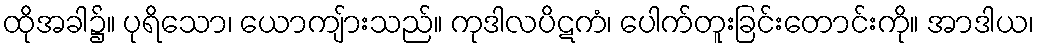
ထိုအခါ၌။ ပုရိသော၊ ယောကျ်ားသည်။ ကုဒါလပိဋကံ၊ ပေါက်တူးခြင်းတောင်းကို။ အာဒါယ၊